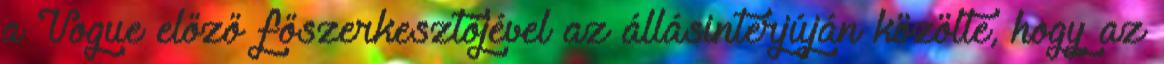
a Vogue előző főszerkesztőjével az állásinterjúján közölte, hogy az